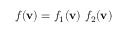
f ( \mathbf { v } ) = f _ { 1 } ( \mathbf { v } ) ~ f _ { 2 } ( \mathbf { v } )